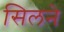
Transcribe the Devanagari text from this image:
सिलने